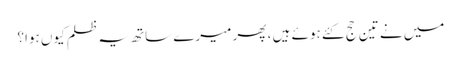
میں نے تین حج کئے ہوئے ہیں ، پھر میرے ساتھ یہ ظلم کیوں ہوا؟